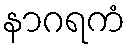
နာဂရကံ